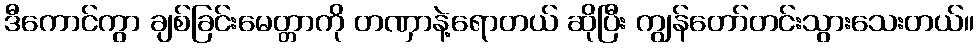
ဒီကောင်ကွာ ချစ်ခြင်းမေတ္တာကို တဏှာနဲ့ရောတယ် ဆိုပြီး ကျွန်တော်တင်းသွားသေးတယ်။